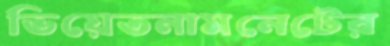
ভিয়েতনামনেটের